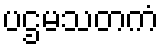
ပဌမသတကံ